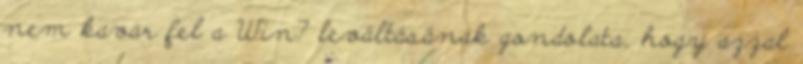
nem kavar fel a Win7 leváltásának gondolata, hogy azzal